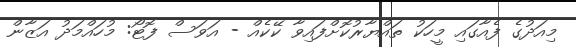
މިއަދުގެ ފެއާގައި މީހަކު ތައްޔާރުކޮށްފައިވާ ކޭކެއް - އަވަސް ފޮޓޯ: މުހައްމަދު އަޒާން